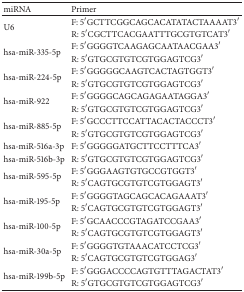
<table><thead><tr><td><b>miRNA</b></td><td><b>Primer</b></td></tr></thead><tbody><tr><td rowspan="2">U6</td><td>F: 5′GCTTCGGCAGCACATATACTAAAAT3′</td></tr><tr><td>R: 5′CGCTTCACGAATTTGCGTGTCAT3′</td></tr><tr><td rowspan="2">hsa-miR-335-5p</td><td>F: 5′GGGGTCAAGAGCAATAACGAA3′</td></tr><tr><td>R: 5′GTGCGTGTCGTGGAGTCG3′</td></tr><tr><td rowspan="2">hsa-miR-224-5p</td><td>F: 5′GGGGGCAAGTCACTAGTGGT3′</td></tr><tr><td>R: 5′GTGCGTGTCGTGGAGTCG3′</td></tr><tr><td rowspan="2">hsa-miR-922</td><td>F: 5′GGGGCAGCAGAGAATAGGA3′</td></tr><tr><td>R: 5′GTGCGTGTCGTGGAGTCG3′</td></tr><tr><td rowspan="2">hsa-miR-885-5p</td><td>F: 5′GCCCTTCCATTACACTACCCT3′</td></tr><tr><td>R: 5′GTGCGTGTCGTGGAGTCG3′</td></tr><tr><td>hsa-miR-516a-3p</td><td>F: 5′GGGGGATGCTTCCTTTCA3′</td></tr><tr><td>hsa-miR-516b-3p</td><td>R: 5′GTGCGTGTCGTGGAGTCG3′</td></tr><tr><td rowspan="2">hsa-miR-595-5p</td><td>F: 5′GGGAAGTGTGCCGTGGT3′</td></tr><tr><td>R: 5′CAGTGCGTGTCGTGGAGT3′</td></tr><tr><td rowspan="2">hsa-miR-195-5p</td><td>F: 5′GGGGTAGCAGCACAGAAAT3′</td></tr><tr><td>R: 5′CAGTGCGTGTCGTGGAGT3′</td></tr><tr><td rowspan="2">hsa-miR-100-5p</td><td>F: 5′GCAACCCGTAGATCCGAA3′</td></tr><tr><td>R: 5′CAGTGCGTGTCGTGGAGT3′</td></tr><tr><td rowspan="2">hsa-miR-30a-5p</td><td>F: 5′GGGGTGTAAACATCCTCG3′</td></tr><tr><td>R: 5′CAGTGCGTGTCGTGGAG3′</td></tr><tr><td rowspan="2">hsa-miR-199b-5p</td><td>F: 5′GGGACCCCAGTGTTTAGACTAT3′</td></tr><tr><td>R: 5′GTGCGTGTCGTGGAGTCG3′</td></tr></tbody></table>